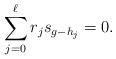
LaTeX: \begin{align*}\sum_{j=0}^\ell r_js_{g-h_j}=0.\end{align*}